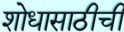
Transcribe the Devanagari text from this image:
शोधासाठीची